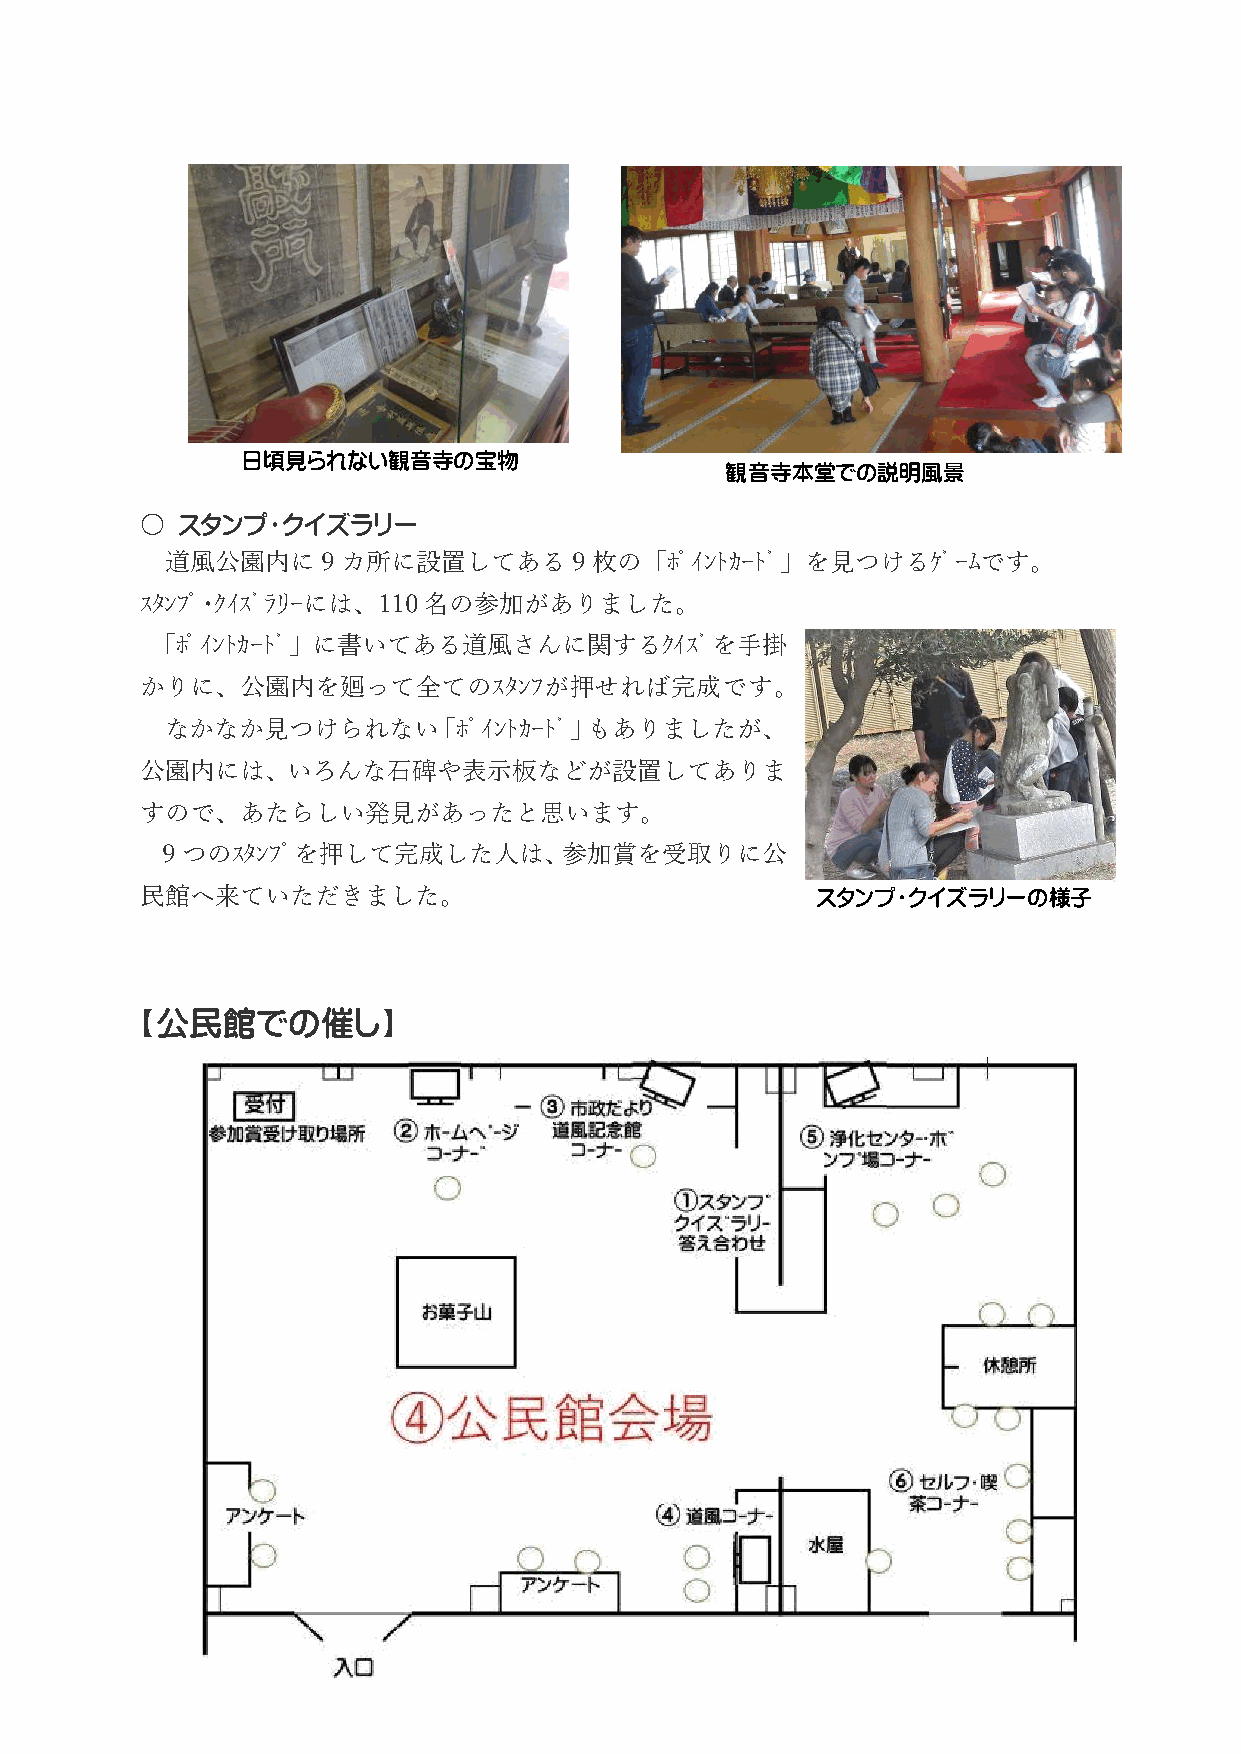
日頃見られない観音寺の宝物
 観音寺本堂での説明風景
 〇  スタンプ・クイズラリー
 道風公園内に9カ所に設置してある           9枚の「ﾎﾟｲﾝﾄｶｰﾄﾞ」を見つけるｹﾞｰﾑです。
 ｽﾀﾝﾌﾟ･ｸｲｽﾞﾗﾘｰには、110名の参加がありました。
 「ﾎﾟｲﾝﾄｶｰﾄﾞ」に書いてある道風さんに関するｸｲｽﾞを手掛
 かりに、公園内を廻って全てのｽﾀﾝﾌが押せれば完成です。
 なかなか見つけられない「ﾎﾟｲﾝﾄｶｰﾄﾞ」もありましたが、
 公園内には、いろんな石碑や表示板などが設置してありま
 すので、あたらしい発見があったと思います。
 9つのｽﾀﾝﾌﾟを押して完成した人は、参加賞を受取りに公
 民館へ来ていただきました。                                スタンプ・クイズラリーの様子
 【公民館での催し】